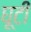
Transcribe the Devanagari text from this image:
घूटी